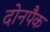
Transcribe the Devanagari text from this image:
दोनपैक